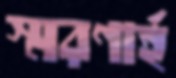
স্মরণার্হ